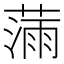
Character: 𫉗